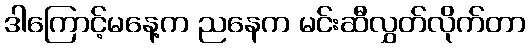
ဒါကြောင့်မနေ့က ညနေက မင်းဆီလွှတ်လိုက်တာ